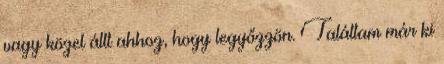
vagy közel állt ahhoz, hogy legyőzzön. Találtam már ki